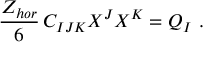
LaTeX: { \frac { Z _ { h o r } } { 6 } } \, C _ { I J K } X ^ { J } X ^ { K } = Q _ { I } \ .